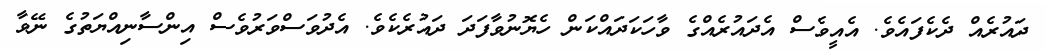
ދައުރެއް ދެކެފައެވެ. އެއީވެސް އެދައުރެއްގެ ވާހަކަދައްކަން ހެޔޮނުވާފަދަ ދައުރެކެވެ. އެދުވަސްވަރުވެސް އިންސާނިއްޔަތުގެ ނޭވާ